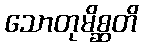
သောတုမိစ္ဆတိ